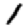
Digit: 1